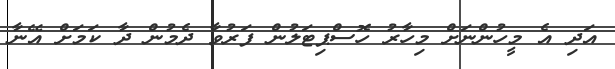
އަދި އެ މީހުންނަށް މިހާރު ހޮސްޕިޓަލުން ފަރުވާ ދެމުން ދާ ކަމަށް އޭނާ